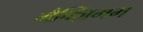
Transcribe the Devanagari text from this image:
मैक्ज़िमम